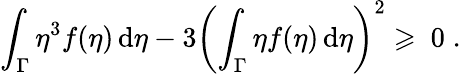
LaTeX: \int_{\Gamma}\eta^{3}f(\eta)\, \mathrm{d}\eta-3\left(\int_{\Gamma}\eta f(\eta)\, \mathrm{d}\eta\right)^{2}\geqslant\ 0\; .